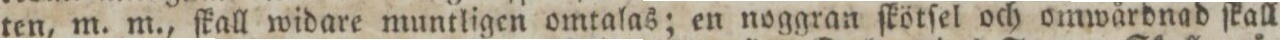
ten, m. m., ſkall widare muntligen omtalas; en noggran ſkötſel och omwårdnad ſkall